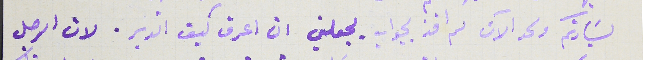
لسَيادتكم ولحد الآن لم افد بجواب يجعلني ان اعرف كيف اتدبر. لان الرجل